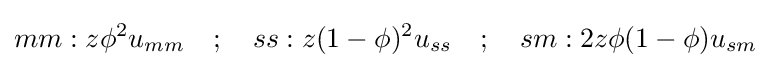
mm:z\phi ^{2}u_{mm}\quad ;\quad ss:z(1-\phi )^{2}u_{ss}\quad ;\quad sm:2z\phi (1-\phi )u_{sm}